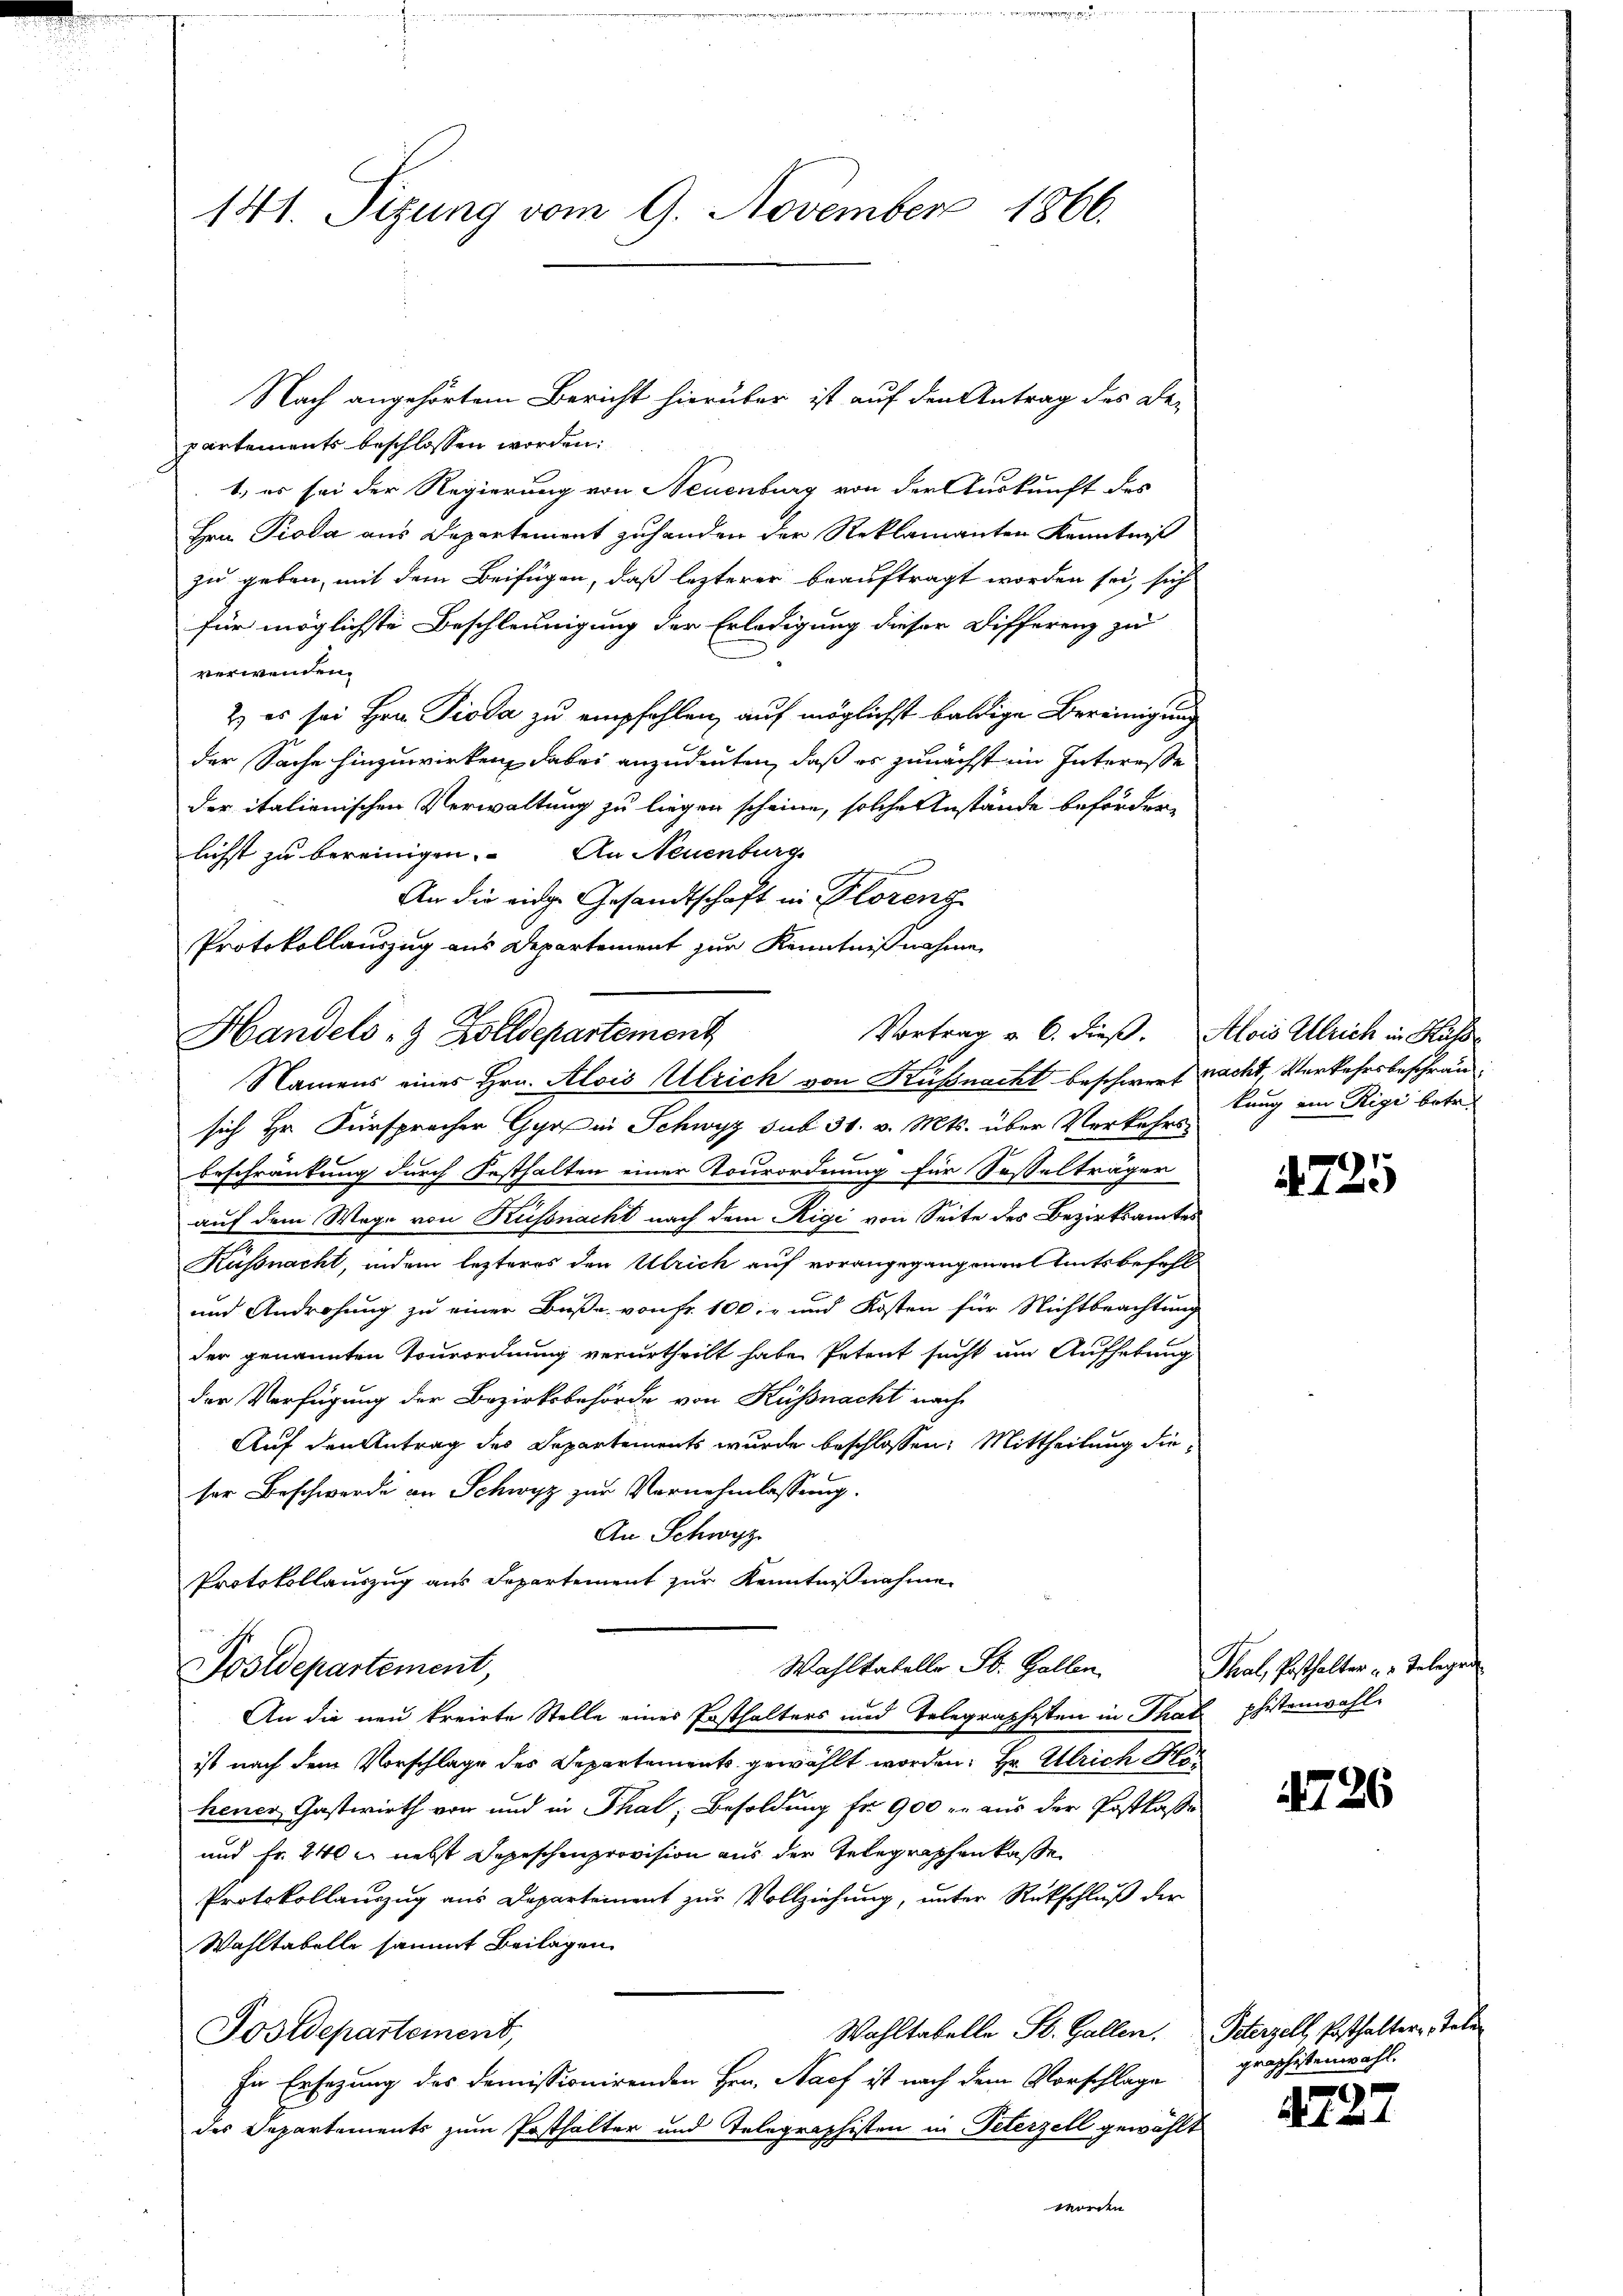
141. Sizung vom 9. November 1866.

partements beschlossen worden:
1.) es sei der Regierung von Neuenburg von der Auskunft des
Hrn. Pioda aus Departement zuhanden der Reklamanten Kenntniß
zu geben, mit dem Beifügen, daß lezterer beauftragt worden sei, sich
für möglichste Beschleunigung der Erledigung dieser Differenz zu
verwenden.
2) es sei Hrn. Pioda zu empfehlen, auf möglichst baldige Bereinigung
der Sache hinzuwirken, dabei anzudeuten, daß es zunächst im Interesse
der italienischen Verwaltung zu liegen scheine, solche Anstände beförderlichst zu bereinigen. An Neuenburg
An die eidge Gesandtschaft in Florenz
Protokollauszug aus Departement zur Kenntnißnahme

Nach angehörtem Bericht hierüber ist auf den Antrag des Be-

Vortrag u. 6. dieß.
Handels- & Zolldepartement
Namens eines Hrn. Alois Ulrich von Küßnacht beschwert nacht, Verkehrsbeschrän¬

Wahltabelle St. Gallen

sich Hr. Fürspracher Gyr in Schwyz sub 31. v. Mts. über Verkehrsbeschränkung durch Festhalten einer Tourordnung für Sesselträger
auf dem Wege von Küssnacht nach dem Rigi von Seite des Bezirksamtes
Küssnacht, indem lezteres den Ulrich auf vorangegangenen Amtsbefehl
und Androhung zu einer Buße von Fr. 100.- und Kosten für Nichtbeachtung
der genannten Tourordnung verurtheilt habe Petent sucht um Aufhebung
der Verfügung der Bezirksbehörde von Küssnacht nach
Auf den Antrag des Departements wurde beschlossen: Mittheilung dieser Beschwerde an Schwyz zur Vernehmlassung.
An Schwyz
Protokollauszug aus Departement zur Kenntnißnahme
Postdepartement,
An die neu kreirte Stelle einer Posthalters und Telegraphesten in That phistenwahl
ist nach dem Vorschlage des Departements gewählt worden. Hr. Ulrich Ho
hener Gastwirth von und in Thal, Besoldung fr 900 er aus der Postkasse
und Fr. 240 u. nebst Sepeschenprovision aus der Telegraphenkasse
Protokollauszug aus Departement zur Vollziehung, unter Rückschluß der
Wahltabelle sammt Beilagen
Wahltabelle St. Gallen. Peterzell, Posthalter Tele¬
Postdepartement,
In Ersezung des demissionirenden Hrn. Nach ist nach dem Vorschlage
des Departements zum Posthalter und Telegraphisten in Peterzell gewählt
worden

Alois Ulrich in Küsse
kung im Rigi betr.

4725

Thal, Posthalter z. Telegende

4726

graphistenwahl.

1727